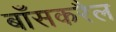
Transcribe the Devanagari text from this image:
बाँसकरैल